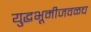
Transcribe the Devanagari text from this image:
युद्धभूमीजवळच